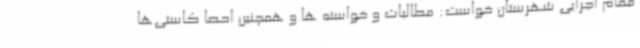
مقام اجرایی شهرستان خواست: مطالبات و خواسته ها و همچنین احصا کاستی‌ها